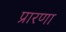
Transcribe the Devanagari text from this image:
प्रारणा